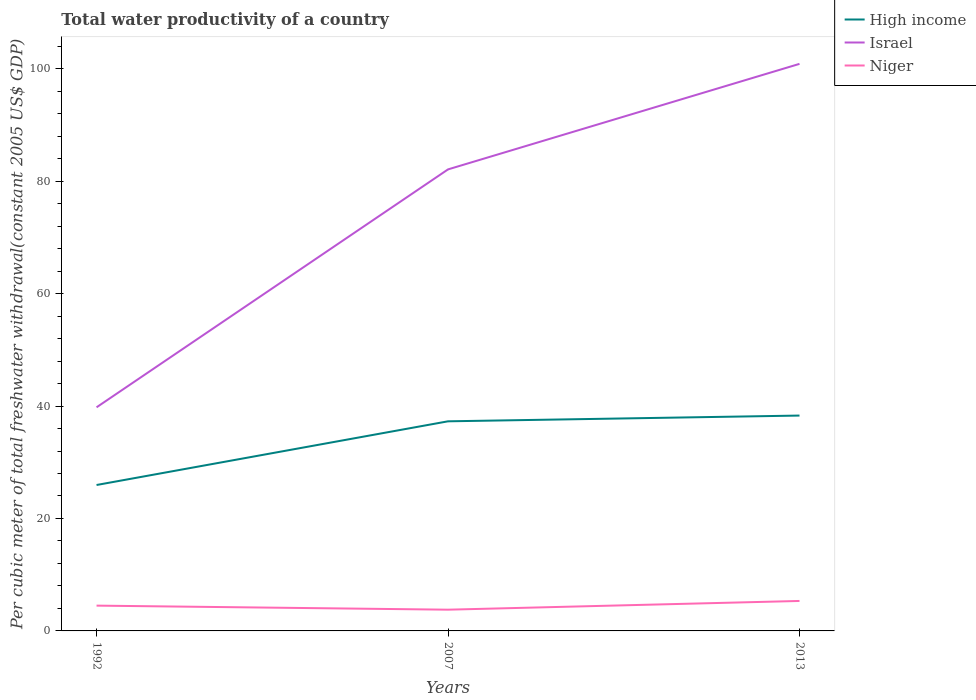
| Years | High income | Israel | Niger |
 | --- | --- | --- | --- |
 | 1992 | 26 | 39.8 | 4.5 |
 | 2007 | 37.3 | 82.1 | 3.78 |
 | 2013 | 38.3 | 101 | 5.33 |